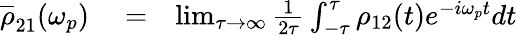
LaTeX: \begin{array}{rlr}{\overline{\rho}_{21}(\omega_{p})}&{{}=}&{\operatorname*{lim}_{\tau\rightarrow\infty}\frac{1}{2\tau}\int_{-\tau}^{\tau}\rho_{12}(t)e^{-i\omega_{p}t}dt}\end{array}